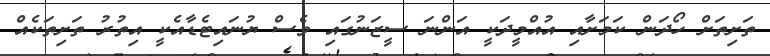
ތަށިތަށް ހޯދަން ކަމަށާއި އުއްމީދަކީ އަންނަ ސީޒަނުގައި ވެސް ޔުނައިޓެޑާއެކީ އިތުރު ތަށިތަކެއް